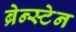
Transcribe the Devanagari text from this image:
ब्रेन्स्टेन